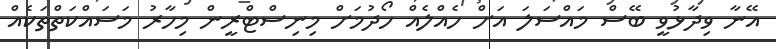
އޭނާ ވިދާޅުވީ ބޭސް މައްސަލަ އަށް ހެއްލެއް ހޯދުމަށް މިނިސްޓްރީން މިހާރު މަސައްކަތްތަކެއް